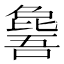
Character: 𣬕